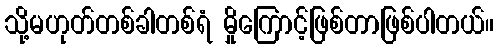
သို့မဟုတ်တစ်ခါတစ်ရံ မှိုကြောင့်ဖြစ်တာဖြစ်ပါတယ်။